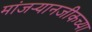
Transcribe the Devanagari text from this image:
मांजर्‍यानजीकच्या